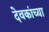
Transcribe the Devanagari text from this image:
देवकांच्या